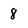
Character: 8